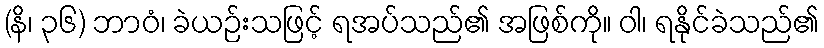
(နိ၊ ၃၆) ဘာဝံ၊ ခဲယဉ်းသဖြင့် ရအပ်သည်၏ အဖြစ်ကို။ ဝါ၊ ရနိုင်ခဲသည်၏